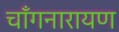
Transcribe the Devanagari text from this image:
चाँगनारायण